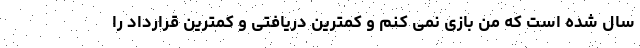
سال شده است که من بازی نمی کنم و کمترین دریافتی و کمترین قرارداد را